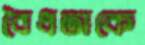
বৈধতাকে